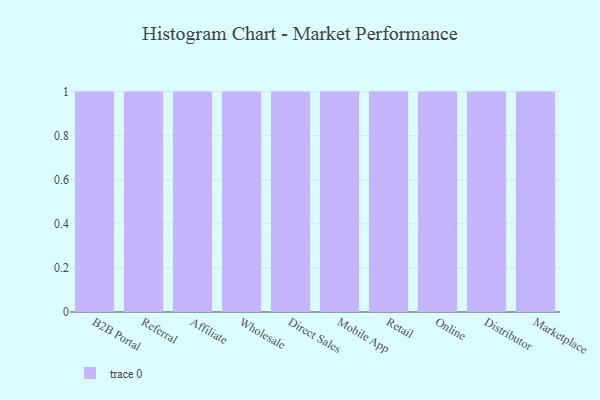
{"axis": {"x": "Channel", "y": "Conversion Rate (%)"}, "legend": [""], "data": [{"x": "B2B Portal", "y": 3, "type": ""}, {"x": "Referral", "y": 80, "type": ""}, {"x": "Affiliate", "y": 19, "type": ""}, {"x": "Wholesale", "y": 28, "type": ""}, {"x": "Direct Sales", "y": 57, "type": ""}, {"x": "Mobile App", "y": 23, "type": ""}, {"x": "Retail", "y": 62, "type": ""}, {"x": "Online", "y": 47, "type": ""}, {"x": "Distributor", "y": 97, "type": ""}, {"x": "Marketplace", "y": 84, "type": ""}]}